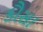
કૌસા